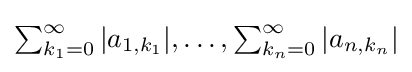
{\textstyle \sum _{k_{1}=0}^{\infty }|a_{1,k_{1}}|,\ldots ,\sum _{k_{n}=0}^{\infty }|a_{n,k_{n}}|}